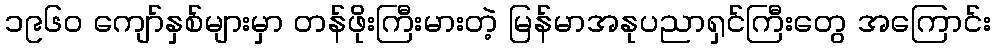
၁၉၆၀ ကျော်နှစ်များမှာ တန်ဖိုးကြီးမားတဲ့ မြန်မာအနုပညာရှင်ကြီးတွေ အကြောင်း